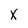
Character: x